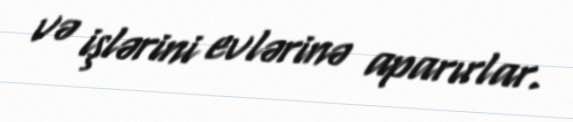
və işlərini evlərinə aparırlar.